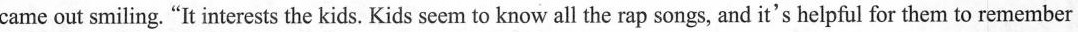
came out smiling."It interests the kids. Kids seem to know all the rap songs, and it's helpful for themto remember